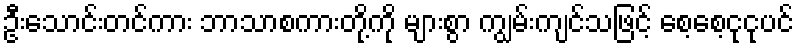
ဦးသောင်းတင်ကား ဘာသာစကားတို့ကို များစွာ ကျွမ်းကျင်သဖြင့် စေ့စေ့ငုငုပင်